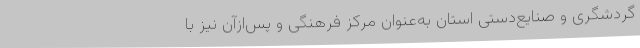
گردشگری و صنایع‌دستی استان به‌عنوان مرکز فرهنگی و پس‌ازآن نیز با